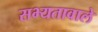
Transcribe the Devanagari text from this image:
सभ्यतावाले